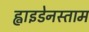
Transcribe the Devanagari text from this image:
ह्वाइडेनस्ताम